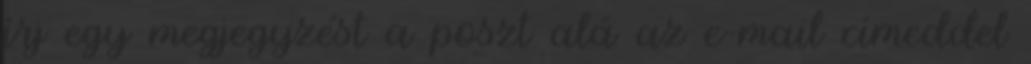
írj egy megjegyzést a poszt alá az e-mail címeddel